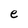
Character: e